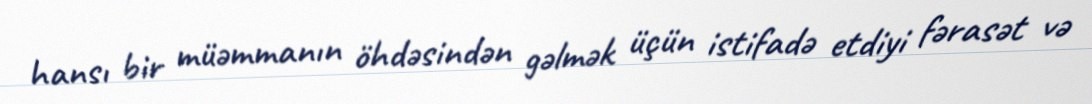
hansı bir müəmmanın öhdəsindən gəlmək üçün istifadə etdiyi fərasət və